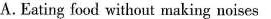
A.Eating food without making noises